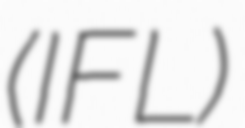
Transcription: (IFL)